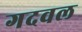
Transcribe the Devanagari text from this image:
गदवल